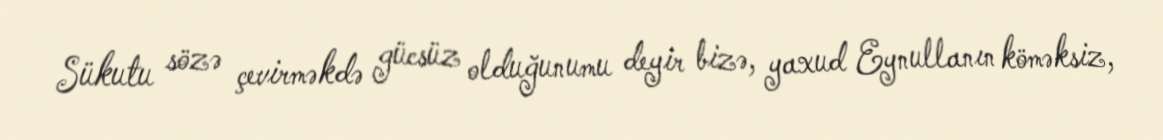
Sükutu sözə çevirməkdə gücsüz olduğunumu deyir bizə, yaxud Eynullanın köməksiz,